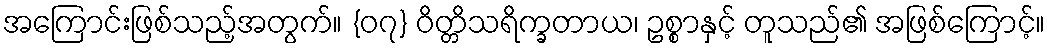
အကြောင်းဖြစ်သည့်အတွက်။ {၀၇} ဝိတ္တိသရိက္ခတာယ၊ ဥစ္စာနှင့် တူသည်၏ အဖြစ်ကြောင့်။